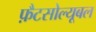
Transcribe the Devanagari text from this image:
फ़ैटसोल्यूबल